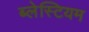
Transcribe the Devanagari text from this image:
ब्लेस्टियम